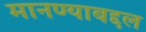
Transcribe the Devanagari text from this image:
मानण्याबद्दल